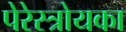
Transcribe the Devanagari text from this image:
पेरेस्त्रोयका